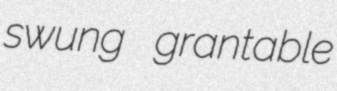
swung grantable